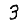
Digit: 3